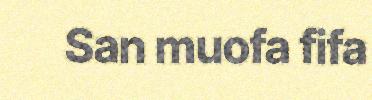
San muofa fifa